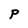
Character: P